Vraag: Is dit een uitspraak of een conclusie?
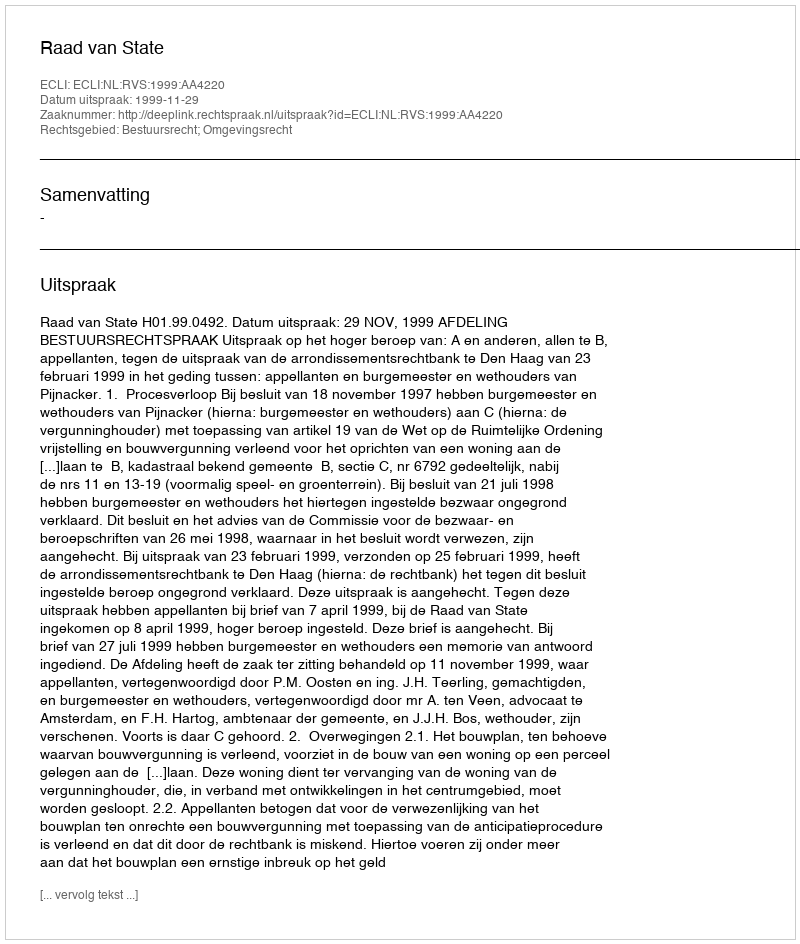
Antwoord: Uitspraak